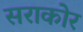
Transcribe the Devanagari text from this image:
सराकोर